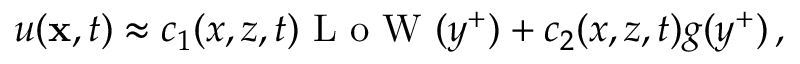
u ( { \bf x } , t ) \approx c _ { 1 } ( x , z , t ) \mathrm { ~ L ~ o ~ W ~ } ( y ^ { + } ) + c _ { 2 } ( x , z , t ) g ( y ^ { + } ) \, ,